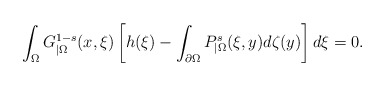
\begin{align*}\int_\Omega G^{1-s}_{|\Omega}(x,\xi)\left[h(\xi)-\int_{\partial\Omega}P^s_{|\Omega}(\xi,y)d\zeta(y)\right]d\xi =0.\end{align*}